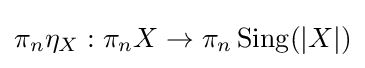
\pi _{n}\eta _{X}:\pi _{n}X\to \pi _{n}\operatorname {Sing} (|X|)